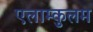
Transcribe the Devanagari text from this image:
एलाम्कुलम